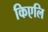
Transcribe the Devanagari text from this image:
किएलि